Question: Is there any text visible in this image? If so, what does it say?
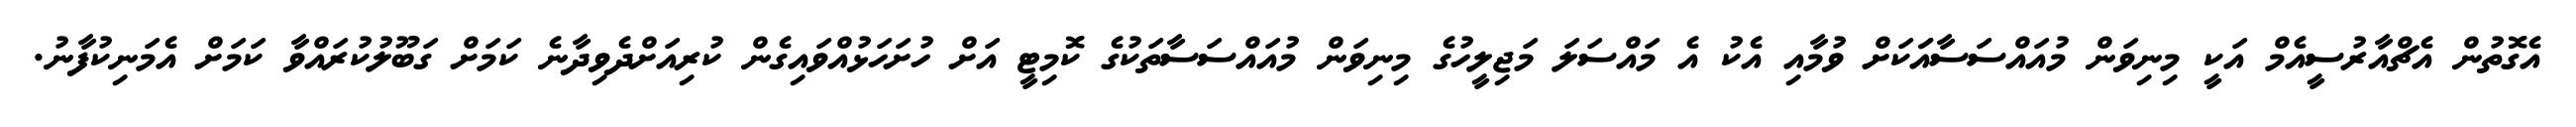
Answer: އެގޮތުން އެޗްއާރުސީއެމް އަކީ މިނިވަން މުއައްސަސާއަަކަށް ވުމާއި އެކު އެ މައްސަލަ މަޖިލީހުގެ މިނިވަން މުއައްސަސާތަކުގެ ކޮމިޓީ އަށް ހުށަހަޅުއްވައިގެން ކުރިއަށްދެވިދާނެ ކަމަށް ގަބޫލުކުރައްވާ ކަމަށް އެމަނިކުފާނު.